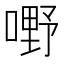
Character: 嘢